King Institute of Preventive Medicine Bacteriolog. Section reports 1907-08
Year: 1907
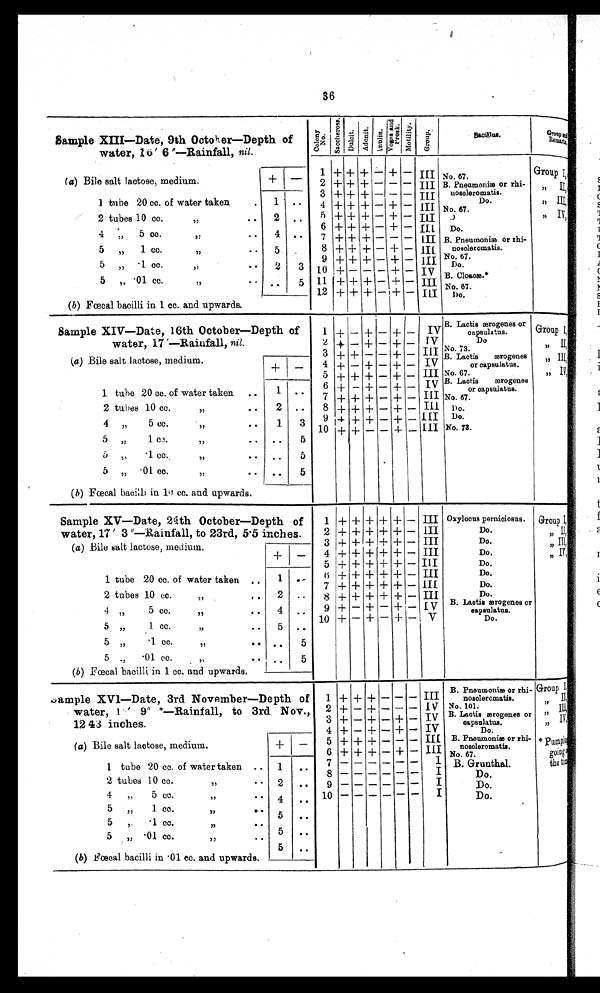
36
Sample XIII—Date, 9th October—Depth of
water, 16' 6 "—Rainfall, nil.
I
c o l o n y !.. ) S a c c l i e r o s e
a
S
it.
ulc
it
d o n
A
d
s
ge
V
li oto
M
p
g
G
Bacoillus.
G r o u p R e m a r k
1 -1- + -1- — + — iii No.
Group I
(a) Bile salt lactose, medium.
+ — 2
3
+
+
+
+
+ + —
—
—
—
—
—
III
III
1-
ææææ or rhi-
nosoleromatis.
,
II
1 tune 20 cc. of water taken
7
1
4 + + + — + —
I I I
No. 67.
Do.
,,
III,
2 tubes 10 cc.
,,
.., , 2
4
..
• •
5
7 6 7
+
t +
+
+
+
+
+
— +
— +
— —
—
—
—
III
m
III
.)
Do.
B. Pneumonia or rhi-
,,
Iv,
5 „ 1 cc.
,,
• • 5
8 + + + — + —
I I I nosoleromatis.
9 + + + — 4- — III No. 67.
-1
5 „
cc.
, ,
. . .
5 „ .01 cc.
,,
..
2
..
3
5
io
11
12
+ +
--
+
+
--
+
+ I—
—+—
+
— +
—
—
iv I I I
III
B. Cloak.*
No. 67.
(b) fæcnal bacilli in 1 cc. and upwards.
Sample XIV—Date, 16th October—Depth of
1 + — + — + — IV
B. Lactis æro genes
capsulatus.
Group I,
water, 17 '—Rainfall, nil.
2 + — + — + — IV
Do
II,
(a) Bile salt lactose, medium.
(
1 tube 20 cc. of water taken ..
3
4
5
6
7
+
+
+
+
+
+
—
+
_
+
—
+
+ +
+
—
—
—
_
—
+
+
+
+
+
—
—
— _
—
I I I
I V
I V
III
iv
III
III
No. 73.
B. Laotis
ærogenes
„ III,
or capsulatus.
No. 67.
,, IV
B. Lactis
ærogenes
or capsuiatus.
No. 67.
+ —
1 • •
2 tubes 10 cc.
,,
.. 2 .. 8 + + + — + —
Do.
4 „
5 cc.
, , . .
1 3 9
10
+
+ +
+
—
—
—
4- + —
—III I I I
Do.
N0.73.
5 „
1 cc.
,,
..
..
5
I
5 „
.1 cc.
, ,
, ,
..
5
5 „ • 01 cc.. ,,
(h) Fæcal bacillar in 10 cc. and upwards.
.. 5
Sample XV—Date, 24th October—Depth of
1 -I- + + + + — III Oxylocus pernioiosus. Group I,
water, 17' 3 "—Rainfall, to 23rd, 5'5 inches.
2 + + -I- + + — III
Do.
, ,
II,
(a) Bile salt lactose, medium.
3 + + + +
+
+
+—
-- III
III
Do.
Do,
„ III,
„ IV,
+ —
4
5 + + + + + — III
Do.
1 tube 20 cc. of water taken .. 1
6
7
+
+
4-
-I-
+
+ +
+
+
—
—
III
III
Do.
Do.
2 tubes 10 cc. ,,
2 .. 8 -I- + + + + -- III
Do.
4 ,,5 cc.
,, . , 4
9 + — + — + — I V B. Laotie aerogenes or
capsulatue.
10 +
+—+— V
Do.
5 „ 1 CC.
,,
• 7
5 ..
5 „
•1 CC.
,,
••
••
5
5
. 01 cc.
-,
,,
•
(b) Fecal bacilli in 1 cc. and upwards.
. . 5
B. Pneumonæ or rhi- Group I
ample XV1—Date, 3rd November—Depth
water, 1 ' 9" *—Rainfall, to 3rd
12
inches.
43
of
Nov.,
1
2
3
4
+ +
+ —
+ —
+
+ —
+ —
+ --
+
—
—
+ +
--
—
—
III
I V
IV
IV
noscleromatis.
No. 101.
B. Laotis ærogenesor
c a p s u l a t u s .
Do.
I I
, ,
I I I
,, Iv,
„ IV,
(a) Bile salt lactose, medium.
5
6
+
+ +
+ —
+ —
—
+
—
—
III
III
B. Pneumonia, or rhi-
nosclerpmatis
*pump
going
1
tube 20 cc. of water taken ..
'2 tubes 10 cc.
,,7 7
1
2
..
..
7
9
— —
— —
— —
— —
—
—
—
—
—
1 ,
I
I
B. Grunthal.
Doo..
the ti
4 „ 5 cc. ,,
• • 4 .. 10 -- -- - - -
o.
5 „ 1 cc.
,, .. •
•
5 ..
5 ,.
1
cc.
,,
• 0
5 „ • 01 cc.
77
• 7
5 ..
5
. .
(b) Fecal bacilli in • 01 cc. and upwards.